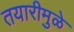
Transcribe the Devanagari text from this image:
तयारीमुळे